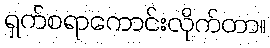
ရှက်စရာကောင်းလိုက်တာ။